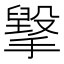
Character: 㩓